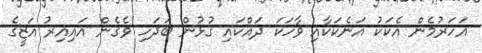
އަހަރުމެން އެކަކު އަނެކަކާއި ވާހަކަ ދައްކައި ގުޅުން ބަދަހި ވެގެން އައިއިރު އަޒީގެ